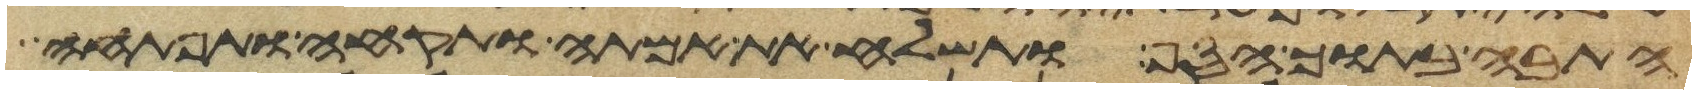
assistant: התבה בתוך הסף ותשלח את אמתה ותקחה ותפתחה